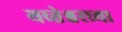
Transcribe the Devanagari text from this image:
यव्तेश्वरच्या